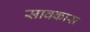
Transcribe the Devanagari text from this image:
सावकास